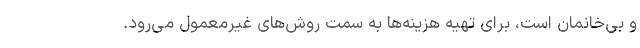
و بی‌خانمان است، برای تهیه هزینه‌ها به سمت روش‌های غیرمعمول می‌رود.